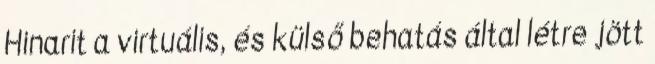
Hinarit a virtuális, és külső behatás által létre jött